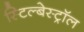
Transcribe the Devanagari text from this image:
स्टिल्बेस्ट्रॉल